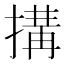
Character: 搆